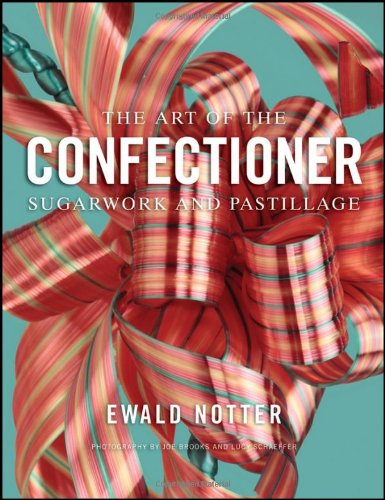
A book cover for The Art of the Confectioner: Sugarwork and Pastillage; Ewald Notter; Cookbooks, Food & Wine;